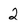
Character: 2